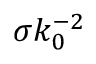
\sigma k _ { 0 } ^ { - 2 }